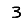
Digit: 3